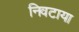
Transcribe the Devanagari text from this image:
निवटाया